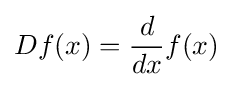
Df(x)={\dfrac {d}{dx}}f(x)